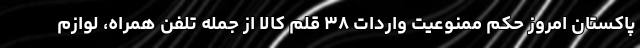
پاکستان امروز حکم ممنوعیت واردات ۳۸ قلم کالا از جمله تلفن همراه، لوازم